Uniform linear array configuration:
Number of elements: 8
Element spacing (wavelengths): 0.75
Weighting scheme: blackman
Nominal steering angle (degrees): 30
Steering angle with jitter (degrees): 31.522
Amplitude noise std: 0.05
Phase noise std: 0.05

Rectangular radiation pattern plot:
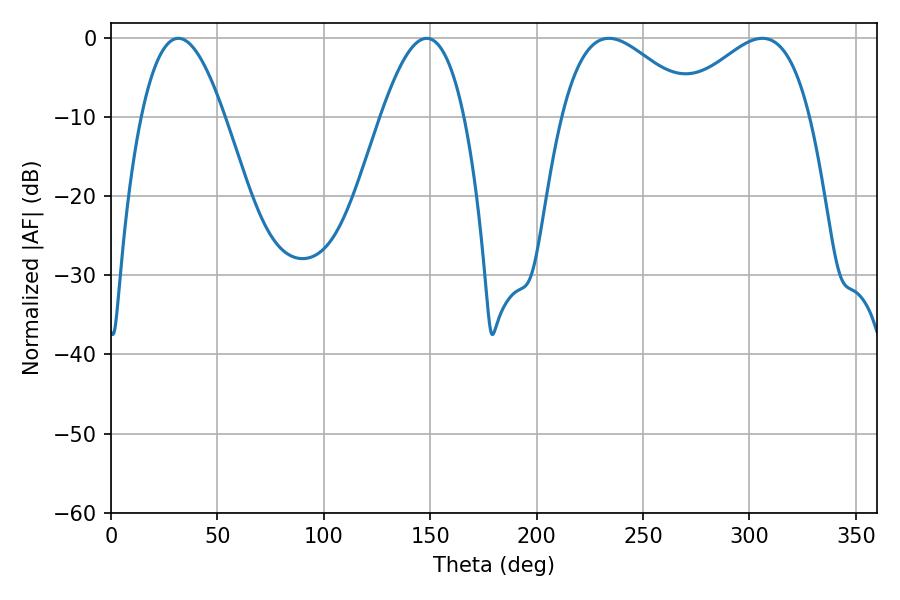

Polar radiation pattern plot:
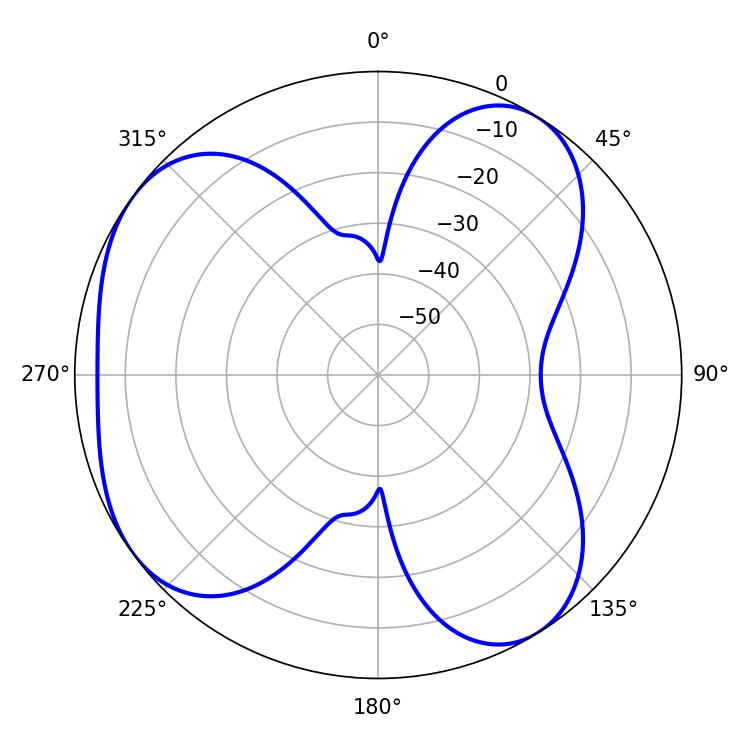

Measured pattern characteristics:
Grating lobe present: TRUE
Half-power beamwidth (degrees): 21.42
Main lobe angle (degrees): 31.68